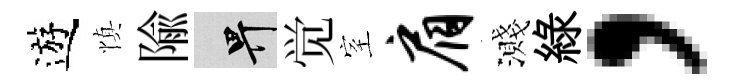
遊慎隃畀觉室肩濺綠，